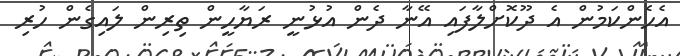
އެހެންކަމުން އެ ދޫކޮށްލާފައި އޭނާ ދެން އުޅުނީ ރަޔާހީން ތިރިން ލައިގެން ހުރި